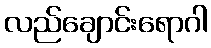
လည်ချောင်းရောဂါ